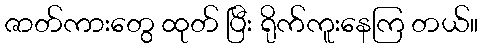
ဇာတ်ကားတွေ ထုတ် ပြီး ရိုက်ကူးနေကြ တယ်။